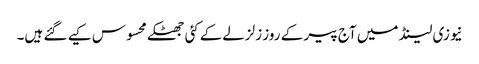
نیوزی لینڈ میں آج پیر کے روز زلزلےکےکئی جھٹکے محسوس کیے گئے ہیں۔